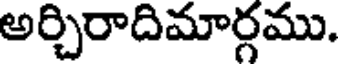
అర్చిరాదిమార్గము.